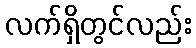
လက်ရှိတွင်လည်း